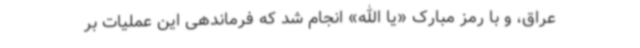
عراق، و با رمز مبارک «یا الله» انجام شد که فرماندهی این عملیات بر